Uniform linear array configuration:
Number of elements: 8
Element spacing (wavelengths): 0.25
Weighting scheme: hamming
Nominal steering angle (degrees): -45
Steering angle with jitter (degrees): -43.705
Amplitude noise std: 0.05
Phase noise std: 0.05

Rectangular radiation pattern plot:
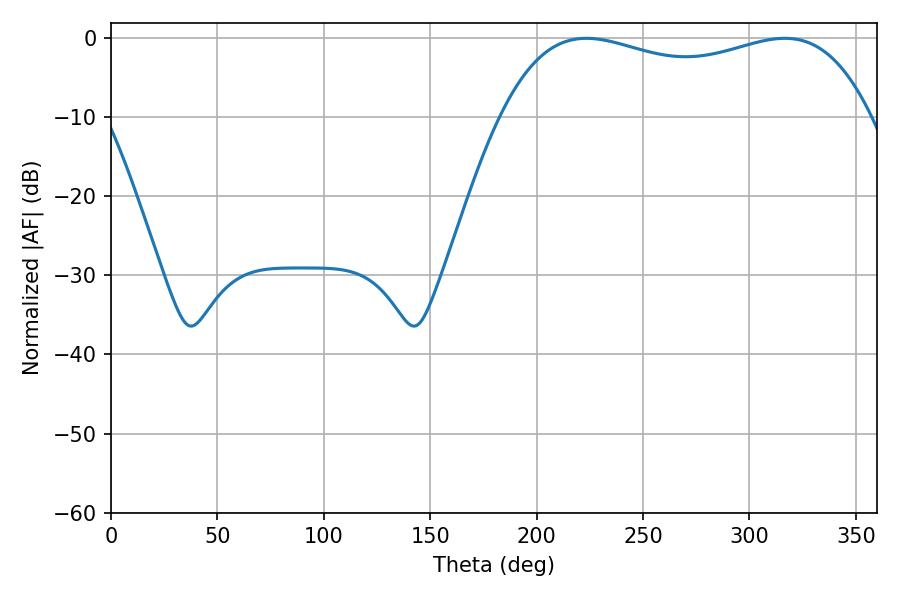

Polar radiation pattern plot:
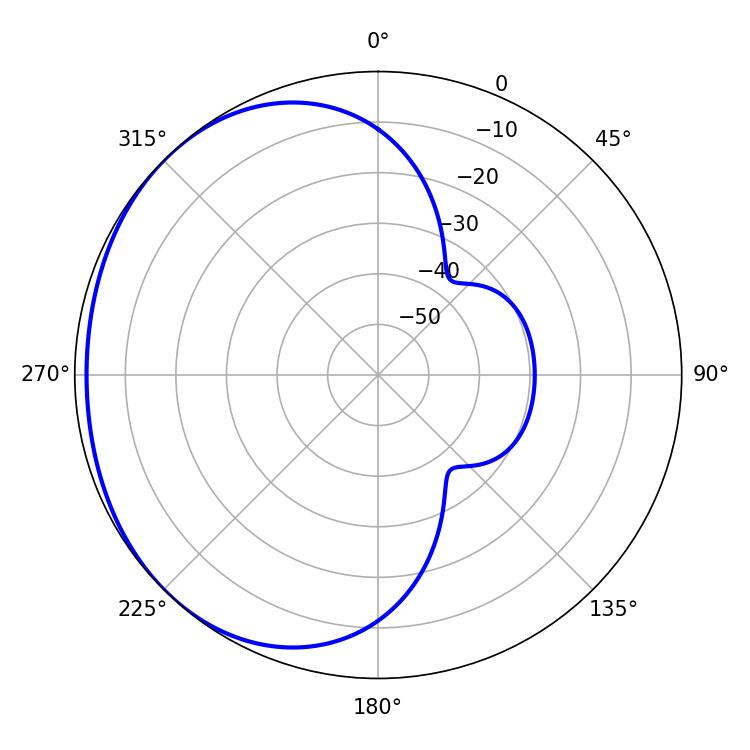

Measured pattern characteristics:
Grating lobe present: FALSE
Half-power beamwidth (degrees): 141.48
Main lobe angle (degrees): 223.38